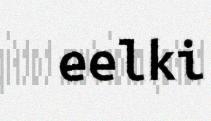
eelki